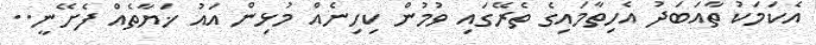
އެކަމަކު ތާއަބަދު އެހިތާމައިގެ ތެރޭގައި ވުމުން ކިހިނެއް މުޅިން އައު ޚަޔާތެއް ފެށޭނީ..